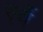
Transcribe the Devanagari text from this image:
एर्वे